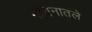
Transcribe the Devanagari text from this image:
गायनातले